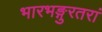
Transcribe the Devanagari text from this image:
भारभङ्गुरतरां